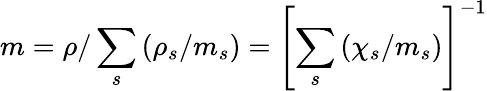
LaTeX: m=\rho/\sum_{s}\left(\rho_{s}/m_{s}\right)=\left[\sum_{s}\left(\chi_{s}/m_{s}\right)\right]^{-1}